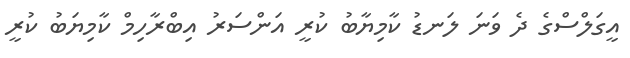
އީގަލްސްގެ ދެ ވަނަ ލަނޑު ކާމިޔާބު ކުރީ އަންސަރު އިބްރާހިމް ކާމިޔަބު ކުރީ